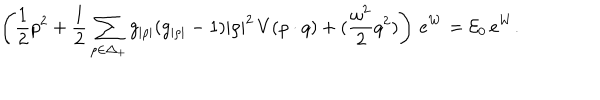
\left( { \frac { 1 } { 2 } } p ^ { 2 } + { \frac { 1 } { 2 } } \sum _ { \rho \in \Delta _ { + } } g _ { | \rho | } ( g _ { | \rho | } - 1 ) | \rho | ^ { 2 } \, V ( \rho \cdot q ) + ( { \frac { \omega ^ { 2 } } { 2 } } q ^ { 2 } ) \right) \, e ^ { W } = { \cal E } _ { 0 } \, e ^ { W } .